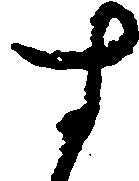
す